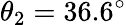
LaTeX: \theta_{2}=36.6^{\circ}